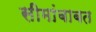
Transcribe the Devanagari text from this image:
सीमांबाबत